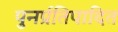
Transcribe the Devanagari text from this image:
पुनर्प्रतिपादित